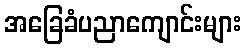
အခြေခံပညာကျောင်းများ